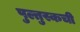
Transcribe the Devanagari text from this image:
पुल्तुस्कची